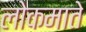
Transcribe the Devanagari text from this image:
लोकमाते